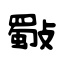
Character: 斀